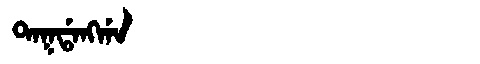
Manchu: ᡨᠠᡴᡩᠠᠩᡤᠠ
Romanization: TAKDANGGA